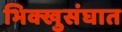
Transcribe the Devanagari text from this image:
भिक्खुसंघात